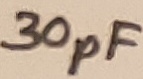
Text: 30pF